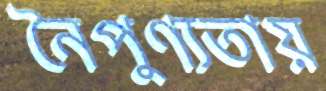
নৈপুণ্যতায়